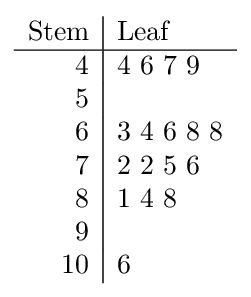
{\begin{array}{r|l}{\text{Stem}}&{\text{Leaf}}\\\hline 4&4~6~7~9\\5&\\6&3~4~6~8~8\\7&2~2~5~6\\8&1~4~8\\9&\\10&6\end{array}}